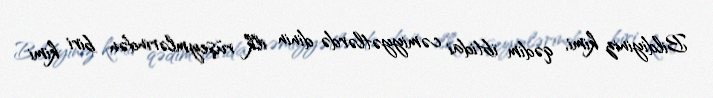
Bildiyiniz kimi, qədim ibtidai cəmiyyətlərdə dinin ilk rüşeymlərindən biri kimi